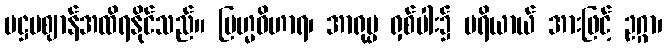
ပဋ္ဌမဈာန်အထိရနိုင်သည်။ ဗြဟ္မဝိဟာရ၊ အာရုပ္ပ ရှစ်ပါး၌ ပရိယာယ် အားဖြင့် ဥဂ္ဂာ၊